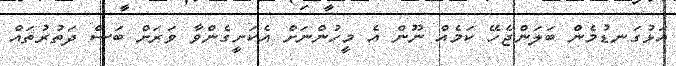
އަޅުގަނޑުމެން ބަލަންޖެހޭ ކަމެއް ނޫން އެ މީހުންނަށް އެކަށީގެންވާ ވަރަށް ބަސް ދަތުރުތައް